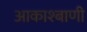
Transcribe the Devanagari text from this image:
आकाश्बाणी